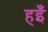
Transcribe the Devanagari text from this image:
हइँ